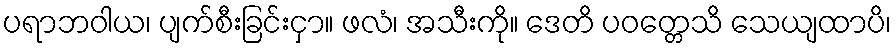
ပရာဘဝါယ၊ ပျက်စီးခြင်းငှာ။ ဖလံ၊ အသီးကို။ ဒေတိ ပဝတ္တေသိ သေယျထာပိ၊